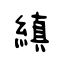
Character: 縝